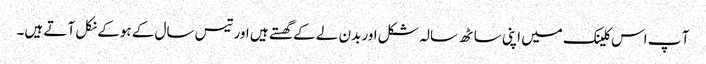
آ پ اس کلینک میں اپنی ساٹھ سالہ شکل اور بدن لے کے گھستے ہیں اور تیس سال کے ہوکے نکل آ تے ہیں۔